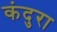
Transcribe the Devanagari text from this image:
कंदुरा